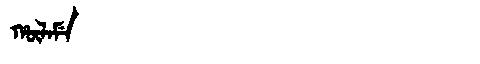
Manchu: ᡥᡡᠯᠠᠮᡝ
Romanization: HŪLAME